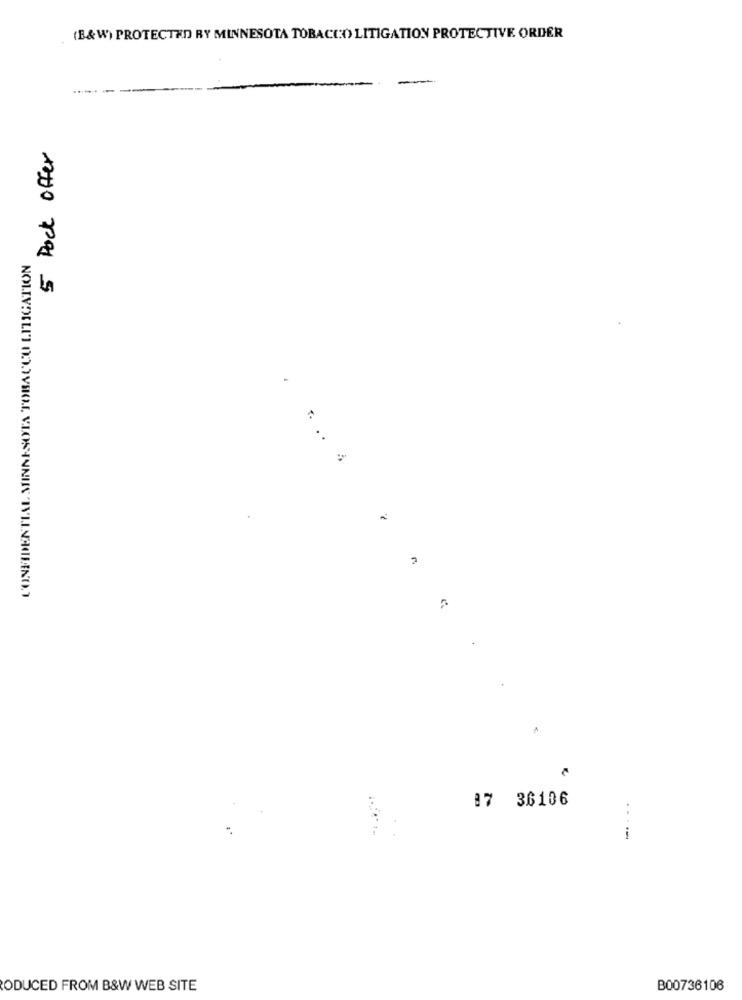
(B&W) PROTECTED RY MINNESOTA TOBACCO LITIGATION PROTECTIVE ORDER
...
5 Dock offer
CONFIDENTIAL MINNESOTA TOBACCO LITIGATION
.. ..
87 36106
ODUCED FROM B&W WEB SITE
B00736106